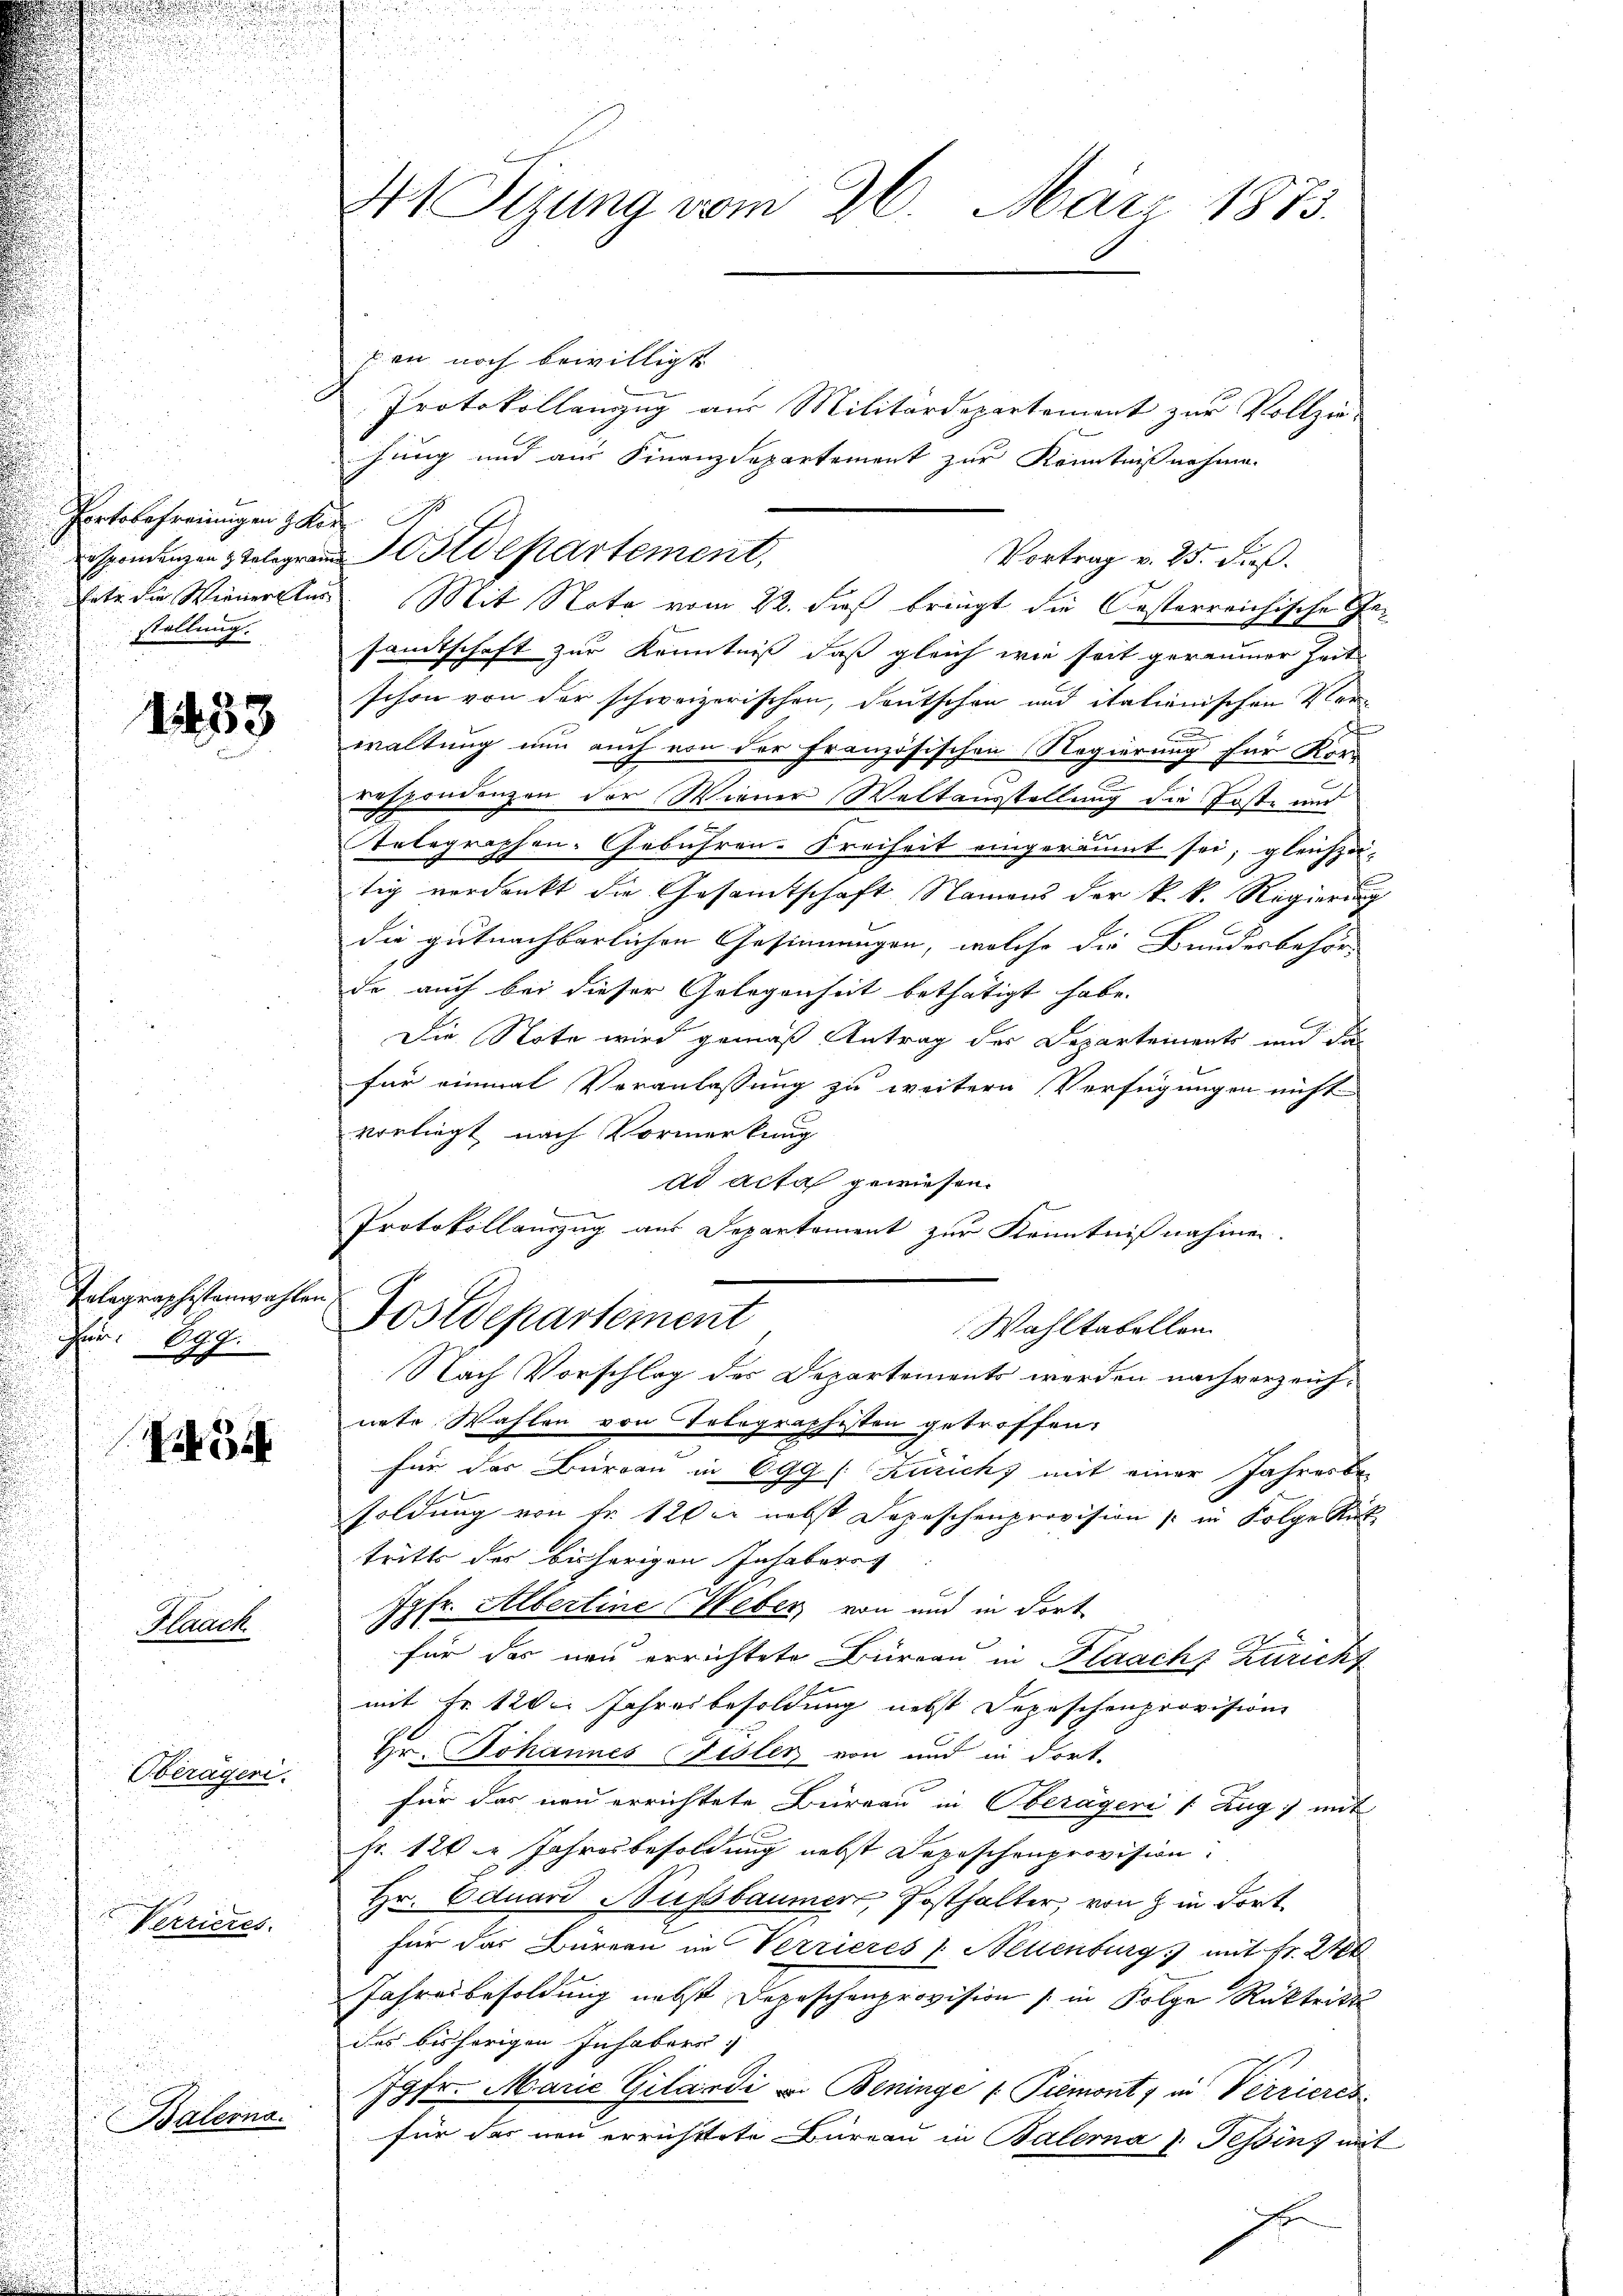
Pertobefreiungen zur I
eespondenzen & Telegram
stellung.

1253

Telegraphistenwahlen
Für. 699.

Frk. 5

Kauck

Verrieres.

Oberägeri.

Balerns.

At Sizung vom 26. März 1873.

pen noch bewilligt
Protokollenzug aus Militärdepartement zur Vollzie-
hung und aus Finanzdepartement zur Kenntnißnahme.
Vortrag v. 25. Fuß.
tete die Wieneratus. Mit Nota vom 22. dieß bringt die Oesterreichische Gesandtschaft zur Kenntniß, daß gleich wie seit geraumer Zeit
schon von der schweizerischen, deutschen und italienischen Vors
waltung nun auch von der Französischen Regierung für Kor-
respondenzen der Wiener Weltausstellung die Poste und
tolographen-Gebühren. Freiheit eingeräumt sei; gleichzu-
tig verdankt die Gesamtschaft Namens der k. k. Regierung
die gutnachbarlichen Gesinnungen, welche die Bundesbehör-
de auch bei dieser Gelegenheit bethätigt habe.
Die Note wird gemäß Antrag der Departements und da
für einmal Veranlassung zu weitern Verfügungen nicht
vorliegt, nach Vormerkung
ad acta gewiesen.
s
Protokollauszug aus Departement zur Kenntnißnahmen.
Postdepartement
Wahltabellen.
Nach Vorschlag des Departements werden nach verzeichnete Wahlen von Telegraphisten getroffen.
für das Büreau in 699 /: Kurich, mit einer Jahresbe-
soldung von Fr. 120 er nebst Depeschenprovision (in Folge Rück
tritte des bisherigen Inhaberg
Jgfr. Albertine Weber von und in dort
für das neu errichtete Büreau in Flaach Züricht
mit Fr. 120. Jahresbesoldung nebst Depeschenprovision
Hr. Johannes Fisler von und in dort-
für das neu errichtete Büreau in Oberägeri & Zug, mit
Fr. 120 Jahresbesoldung nebst Depeschenprovision:
Hr. Eduard Nussbaumer, Posthalter, von 8 in dortfür das Bürern im Verrieres (Neuenburg mit Fr. 21
Jahresbesoldung nebst Depeschenprovision (in Folge Rücktritt
des bisherigen Inhabern
Jgfr. Marie Gilardi v. Beninge   Piemont, in Verrieres
für das neu errichttete Büreau in Balerna u. Tessin, mit
x

Sostdepartement,